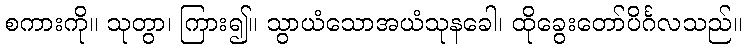
စကားကို။ သုတွာ၊ ကြား၍။ သွာယံသောအယံသုနခေါ၊ ထိုခွေးတော်ပိင်္ဂလသည်။